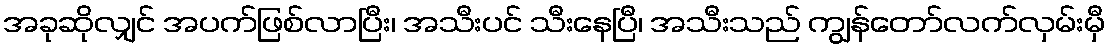
အခုဆိုလျှင် အပက်ဖြစ်လာပြီး၊ အသီးပင် သီးနေပြီ၊ အသီးသည် ကျွန်တော်လက်လှမ်းမှီ